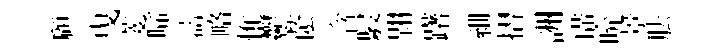
顧曳菱啼濤略惟鬱䕃含駸翺躇細摺詶璜吮㬌胠